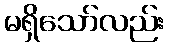
မရှိသော်လည်း